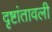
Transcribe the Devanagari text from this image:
दृष्टांतावली